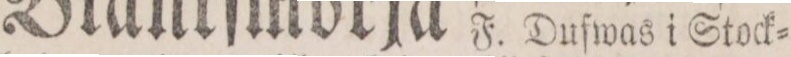
F. Duſwas i Stock=